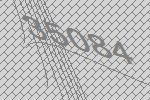
35084